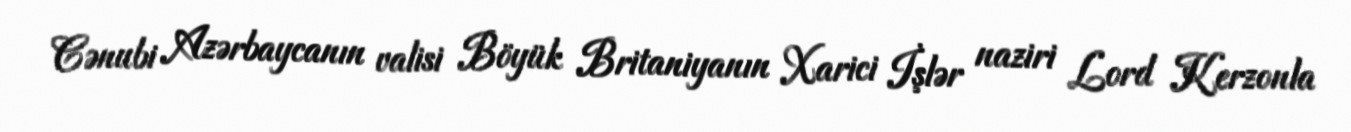
Cənubi Azərbaycanın valisi Böyük Britaniyanın Xarici İşlər naziri Lord Kerzonla